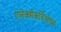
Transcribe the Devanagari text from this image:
एलेक्त्रोकर्दिओग्रम